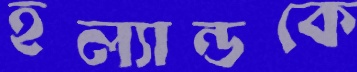
হল্যান্ডকে